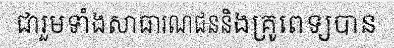
ជារួមទាំងសាធារណជននិងគ្រូពេទ្យបាន